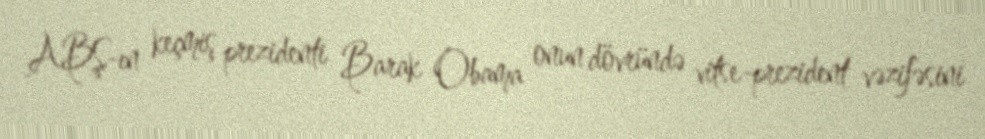
ABŞ-ın keçmiş prezidenti Barak Obama onun dövründə vitse-prezident vəzifəsini